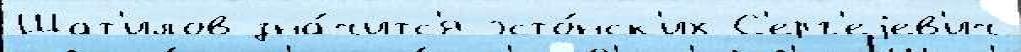
Шат'илов зна́читс'я эсто́нск'их С'ерг'еjев'ич